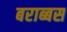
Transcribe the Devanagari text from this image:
बराब्बस